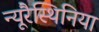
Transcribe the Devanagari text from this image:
न्यूरैस्थिनिया